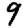
Digit: 9